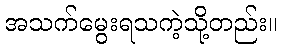
အသက်မွေးရသကဲ့သို့တည်း။